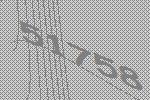
51758